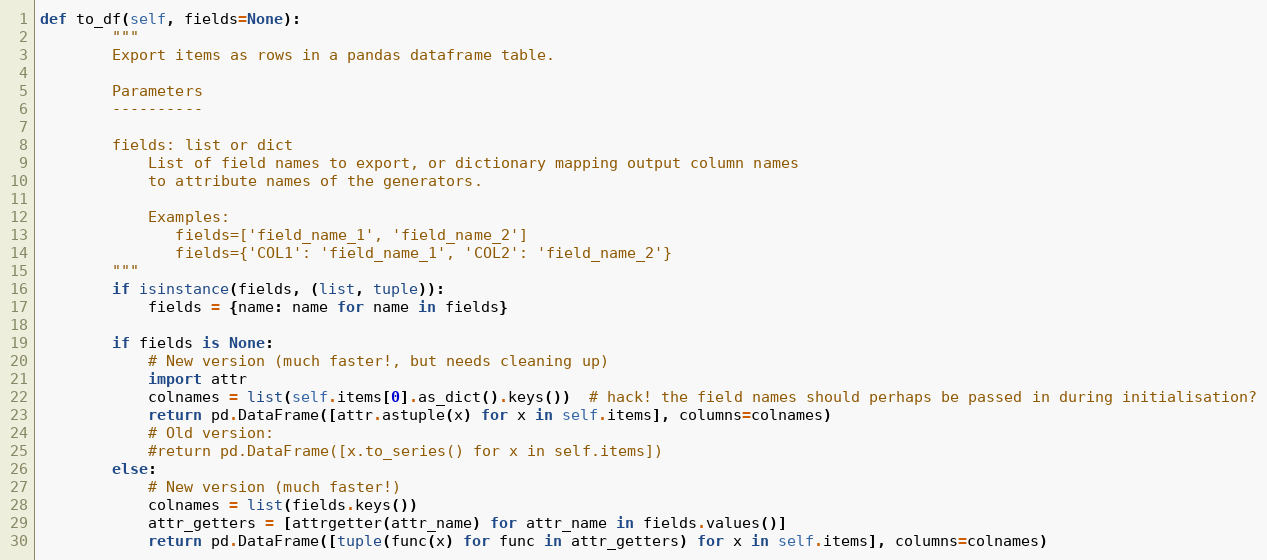
Language: Python
def to_df(self, fields=None):
        """
        Export items as rows in a pandas dataframe table.

        Parameters
        ----------

        fields: list or dict
            List of field names to export, or dictionary mapping output column names
            to attribute names of the generators.

            Examples:
               fields=['field_name_1', 'field_name_2']
               fields={'COL1': 'field_name_1', 'COL2': 'field_name_2'}
        """
        if isinstance(fields, (list, tuple)):
            fields = {name: name for name in fields}

        if fields is None:
            # New version (much faster!, but needs cleaning up)
            import attr
            colnames = list(self.items[0].as_dict().keys())  # hack! the field names should perhaps be passed in during initialisation?
            return pd.DataFrame([attr.astuple(x) for x in self.items], columns=colnames)
            # Old version:
            #return pd.DataFrame([x.to_series() for x in self.items])
        else:
            # New version (much faster!)
            colnames = list(fields.keys())
            attr_getters = [attrgetter(attr_name) for attr_name in fields.values()]
            return pd.DataFrame([tuple(func(x) for func in attr_getters) for x in self.items], columns=colnames)